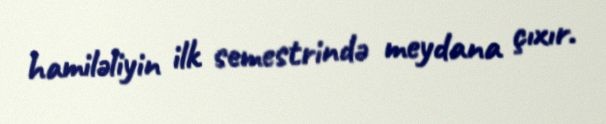
hamiləliyin ilk semestrində meydana çıxır.